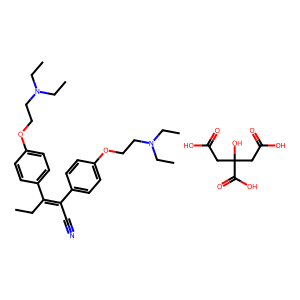
SMILES: CCC(=C(C#N)c1ccc(OCCN(CC)CC)cc1)c1ccc(OCCN(CC)CC)cc1.O=C(O)CC(O)(CC(=O)O)C(=O)O
Inhibits HIV replication: No